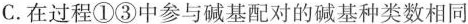
C.在过程①③中参与碱基配对的碱基种类数相同